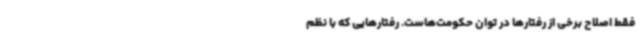
فقط اصلاح برخی از رفتارها در توان حکومت‌هاست. رفتارهایی که با نظم